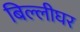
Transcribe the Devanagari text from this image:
बिल्लीघर